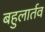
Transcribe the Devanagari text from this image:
बहुलार्तव